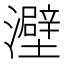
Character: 𤃎